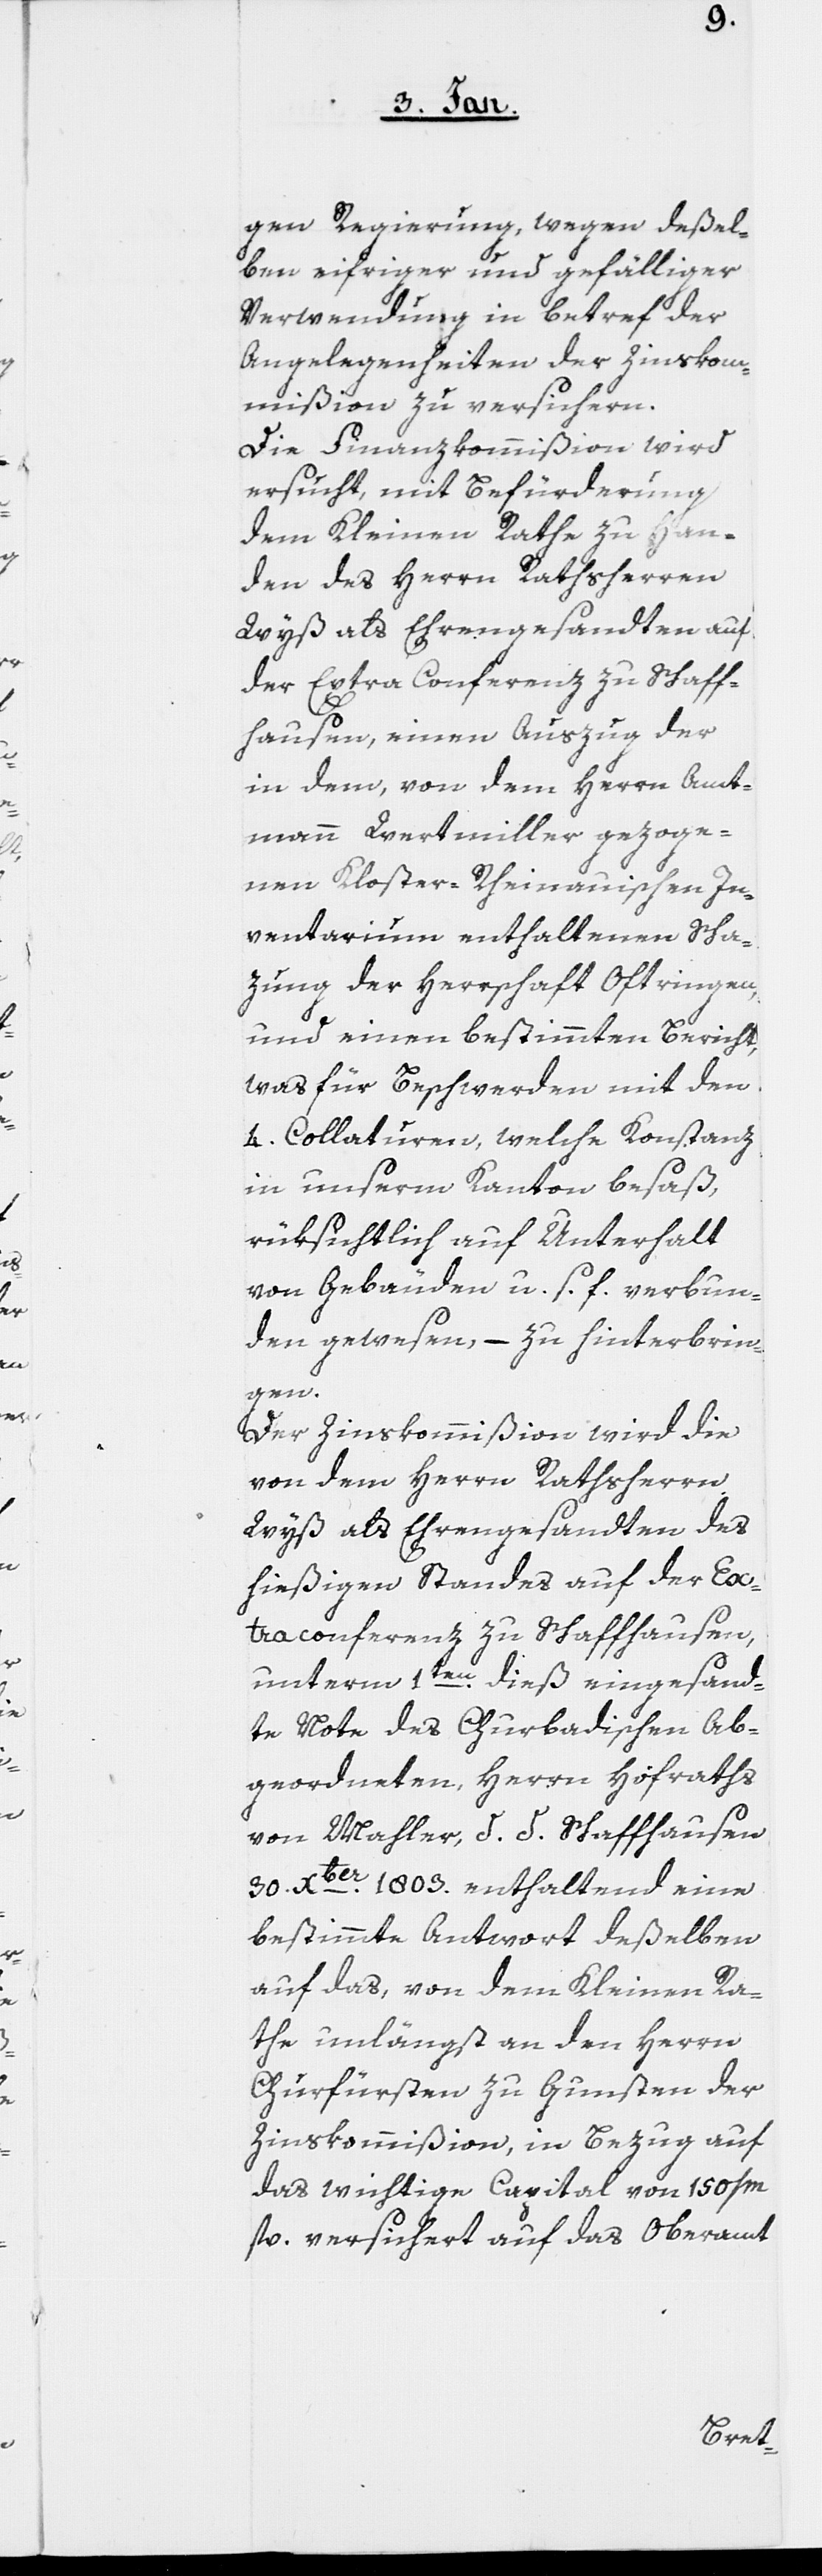
gen Regierung, wegen deßel¬
ben eifriger und gefälliger
Verwendung in betref der
Angelegenheiten der Zinskom¬
mißion zu versichern.
Die Finanzkommißion wird
ersucht, mit Befürderung
dem Kleinen Rathe zu Han¬
den des Herrn Rathsherren
Wyß als Ehrengesandten auf
der Extra Conferenz zu Schaff¬
hausen, einen Auszug der
in dem, von dem Herrn Amt¬
mann Wertmiller gezoge¬
nen Kloster-Rheinauischen In¬
ventarium enthaltenen Scha¬
zung der Herrschaft Oftringen,
und einen bestimmten Bericht,
was für Beschwerden mit den
4. Collaturen, welche Konstanz
in unserm Kanton besaß,
rüksichtlich auf Unterhalt
von Gebäuden u. s. f. verbun¬
den gewesen, – zu hinterbrin¬
gen.
Der Zinskommißion wird die
von dem Herrn Rathsherrn
Wyß als Ehrengesandten des
hießigen Standes auf der Extr¬
aconferenz zu Schaffhausen
unterm 1ten. dieß eingesand¬
te Note des Churbadischen Ab¬
geordneten, Herrn Hofraths
von Mahler, d. d. Schaffhausen
30. Xber. 1803. enthaltend eine
bestimmte Antwort deßelben
auf das, von dem Kleinen Ra¬
the unlängst an den Herrn
Churfürsten zu Gunsten der
Zinskommißion, in Bezug auf
das wichtige Capital von 150 /
fl. versichert auf das Oberamt